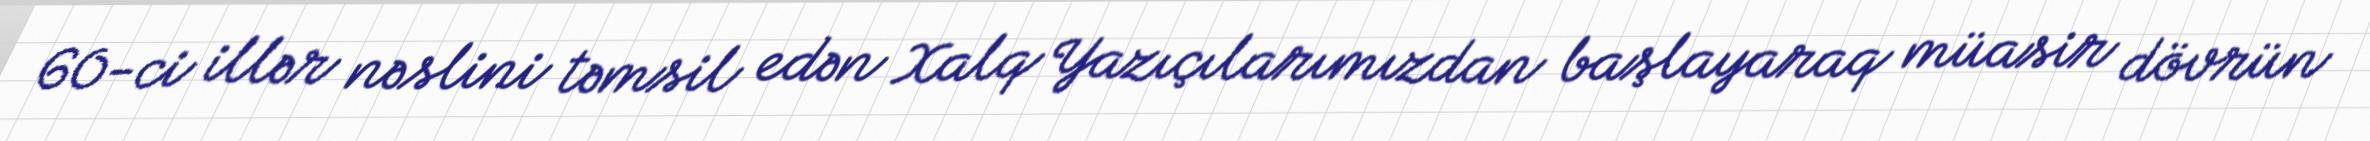
60-ci illər nəslini təmsil edən Xalq Yazıçılarımızdan başlayaraq müasir dövrün